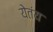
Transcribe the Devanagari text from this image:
येतंय